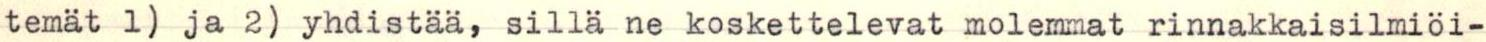
temät 1) ja 2) yhdistää, sillä ne koskettelevat molemmat rinnakkaisilmiöi-